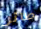
طائر